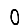
Digit: 0